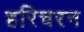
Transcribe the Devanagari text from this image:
हरिचरन